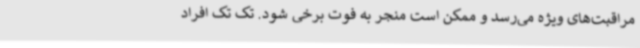
مراقبت‌های ویژه می‌رسد و ممکن است منجر به فوت برخی شود. تک تک افراد